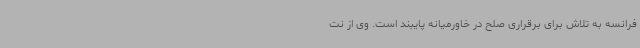
فرانسه به تلاش برای برقراری صلح در خاورمیانه پایبند است. وی از نت